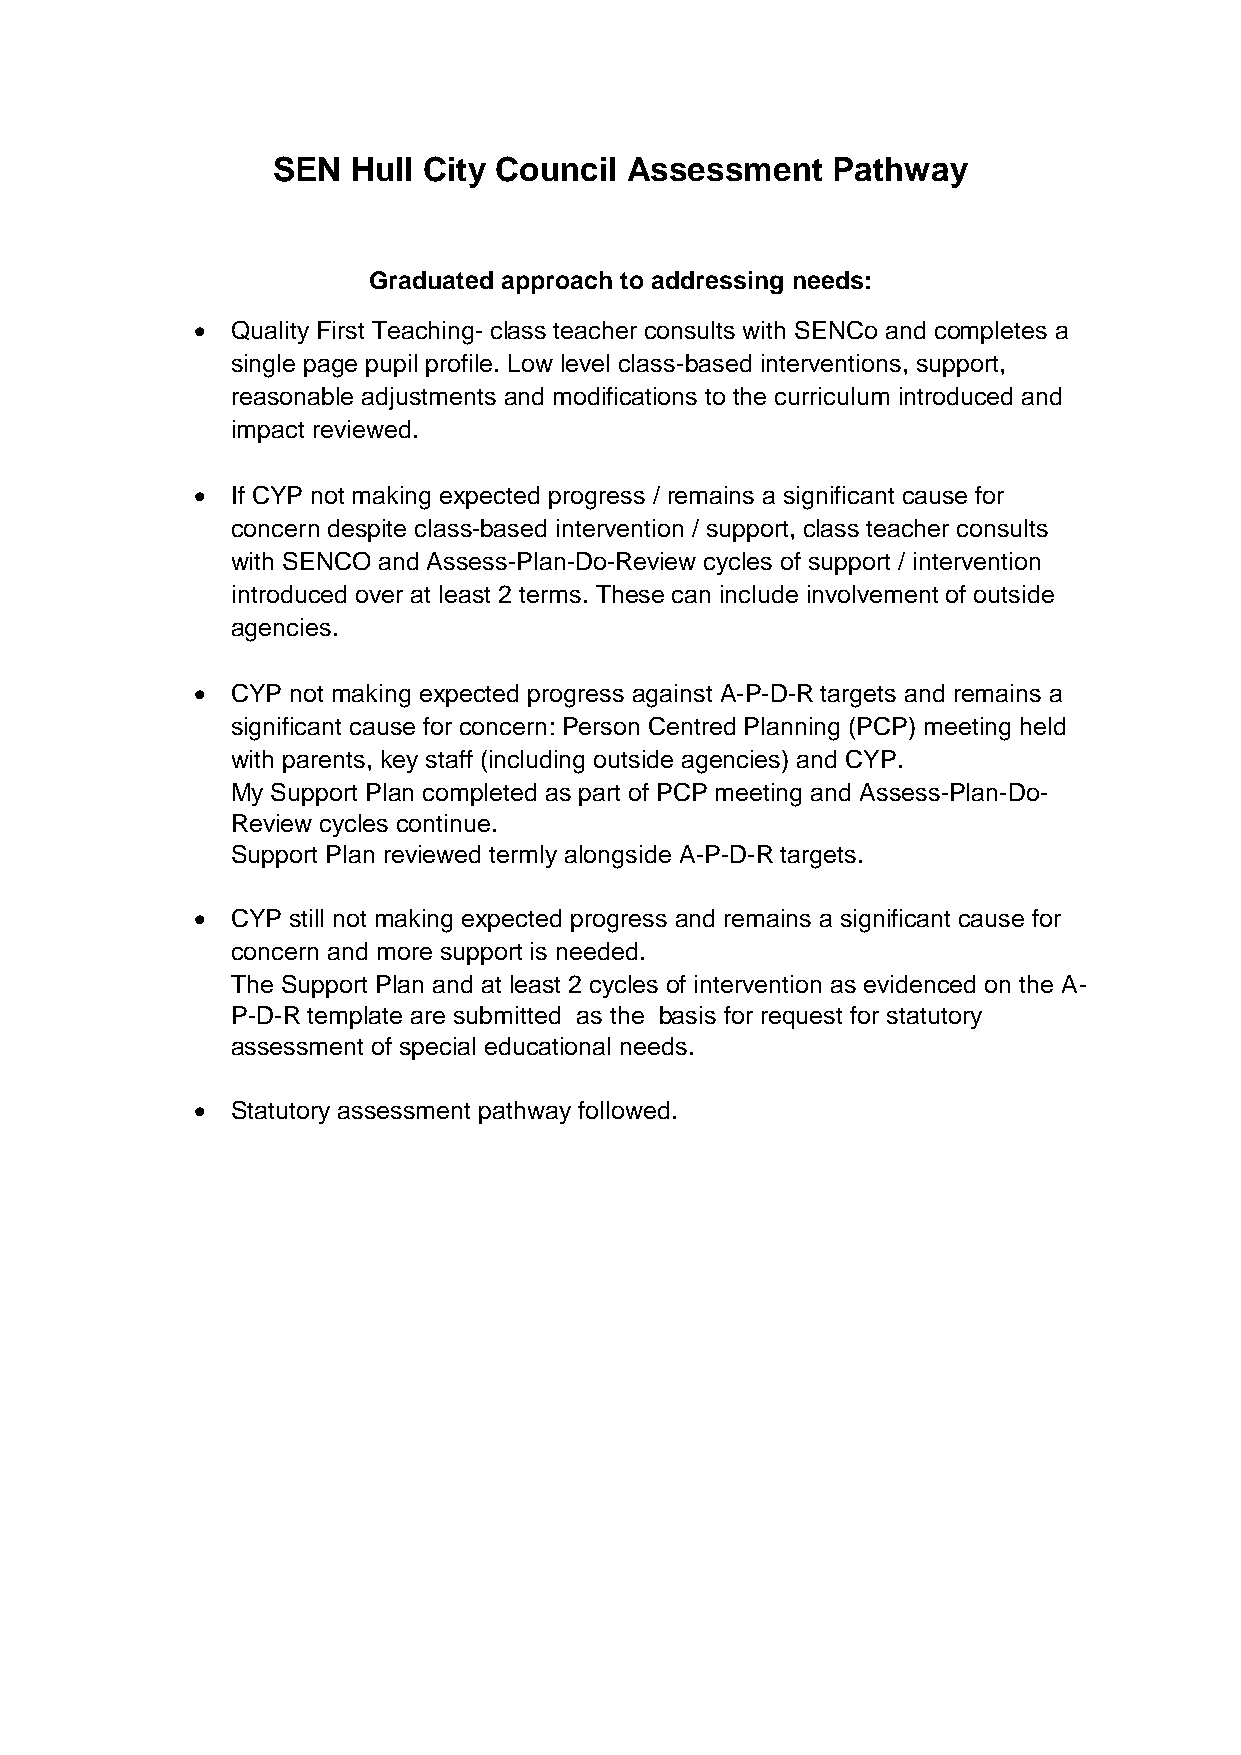
SEN  Hull City Council  Assessment   Pathway
 Graduated approach to addressing needs:
  Quality First Teaching- class teacher consults with SENCo and completes a
 single page pupil profile. Low level class-based interventions, support,
 reasonable adjustments and modifications to the curriculum introduced and
 impact reviewed.
  If CYP not making expected progress / remains a significant cause for
 concern despite class-based intervention / support, class teacher consults
 with SENCO and Assess-Plan-Do-Review cycles of support / intervention
 introduced over at least 2 terms. These can include involvement of outside
 agencies.
  CYP not making expected progress against A-P-D-R targets and remains a
 significant cause for concern: Person Centred Planning (PCP) meeting held
 with parents, key staff (including outside agencies) and CYP.
 My Support Plan completed as part of PCP meeting and Assess-Plan-Do-
 Review cycles continue.
 Support Plan reviewed termly alongside A-P-D-R targets.
  CYP still not making expected progress and remains a significant cause for
 concern and more support is needed.
 The Support Plan and at least 2 cycles of intervention as evidenced on the A-
 P-D-R template are submitted as the basis for request for statutory
 assessment of special educational needs.
  Statutory assessment pathway followed.